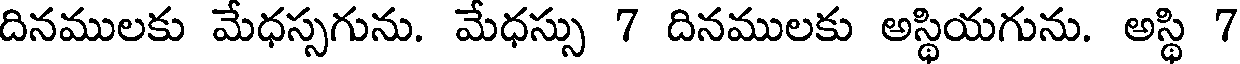
దినములకు మేధస్సగును. మేధస్సు 7 దినములకు అస్థియగును. అస్థి 7